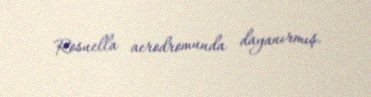
Rosuella aerodromunda dayanırmış.